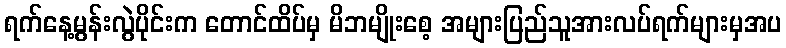
ရက်နေ့မွန်းလွဲပိုင်းက တောင်ထိပ်မှ မိဘမျိုးစေ့ အများပြည်သူအားလပ်ရက်များမှအပ